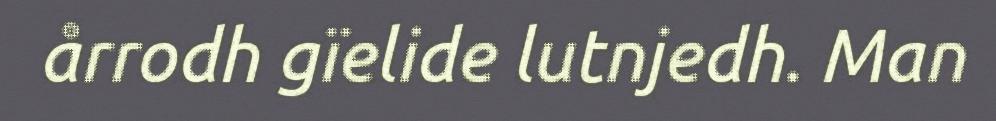
årrodh gïelide lutnjedh. Man